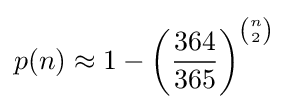
p(n)\approx 1-\left({\frac {364}{365}}\right)^{\binom {n}{2}}